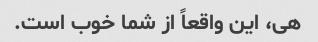
هی، این واقعاً از شما خوب است.